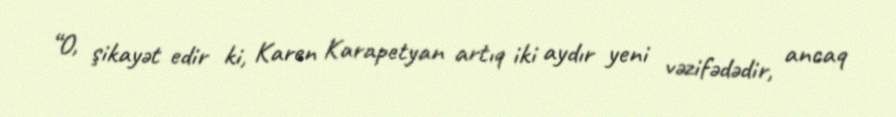
“O, şikayət edir ki, Karen Karapetyan artıq iki aydır yeni vəzifədədir, ancaq